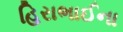
હિરાભાઈના